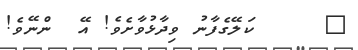
١     ކަލޭގެފާނު ވިދާޅުވާށެވެ! އޭ  ންނޭވެ!